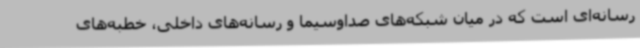
رسانه‌ای است که در میان شبکه‌های صدا‌وسیما و رسانه‌های داخلی، خطبه‌های